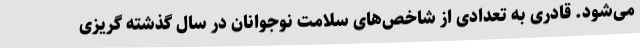
می‌شود. قادری به تعدادی از شاخص‌های سلامت نوجوانان در سال گذشته گریزی